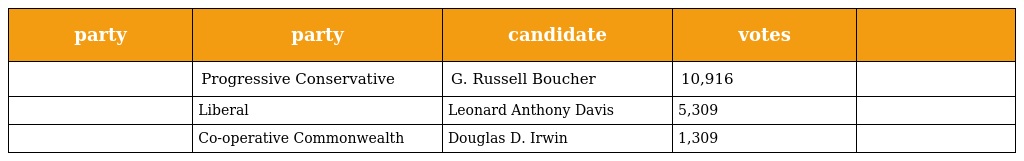
| party | party | candidate | votes |  |
 | --- | --- | --- | --- | --- |
 |  | Progressive Conservative | G. Russell Boucher | 10,916 |  |
 |  | Liberal | Leonard Anthony Davis | 5,309 |  |
 |  | Co-operative Commonwealth | Douglas D. Irwin | 1,309 |  |